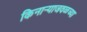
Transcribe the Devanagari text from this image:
किनार्‍याजवळच्या